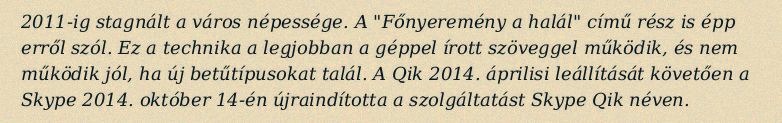
2011-ig stagnált a város népessége. A "Főnyeremény a halál" című rész is épp erről szól. Ez a technika a legjobban a géppel írott szöveggel működik, és nem működik jól, ha új betűtípusokat talál. A Qik 2014. áprilisi leállítását követően a Skype 2014. október 14-én újraindította a szolgáltatást Skype Qik néven.